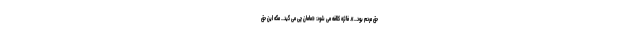
حق مردم بود...». فائزه کلافه می شود: «مامان چی می گید... مگه این حق